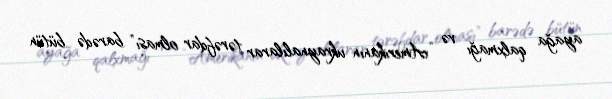
ayağa qalxmağı və “Amerikanın ukraynalılarar tərəfdar olması” barədə bütün